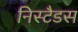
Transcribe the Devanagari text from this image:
निस्टैडस